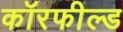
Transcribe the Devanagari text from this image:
कॉरफील्ड